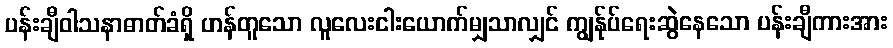
ပန်းချီဝါသနာဓာတ်ခံရှိ ဟန်တူသော လူလေးငါးယောက်မျှသာလျှင် ကျွန်ုပ်ရေးဆွဲနေသော ပန်းချီကားအား